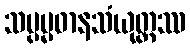
သပ္ပမ္မဓာနသံယုတ္တဿ